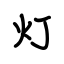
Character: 灯